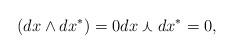
LaTeX: \begin{align*}(dx\wedge dx^{*})=0 dx\curlywedge dx^{*}=0, \end{align*}